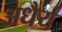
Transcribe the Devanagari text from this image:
अधैर्य